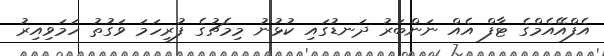
އެފްއޭއެމްގެ ޓާފް އެއް ނަންބަރު ދަނޑުގައި ކުޅުނު މިމެޗުގެ ފުރިހަމަ ވަގުތު ހަމަވިއިރު